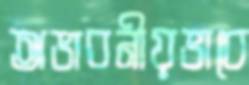
অভাবনীয়ভাবে